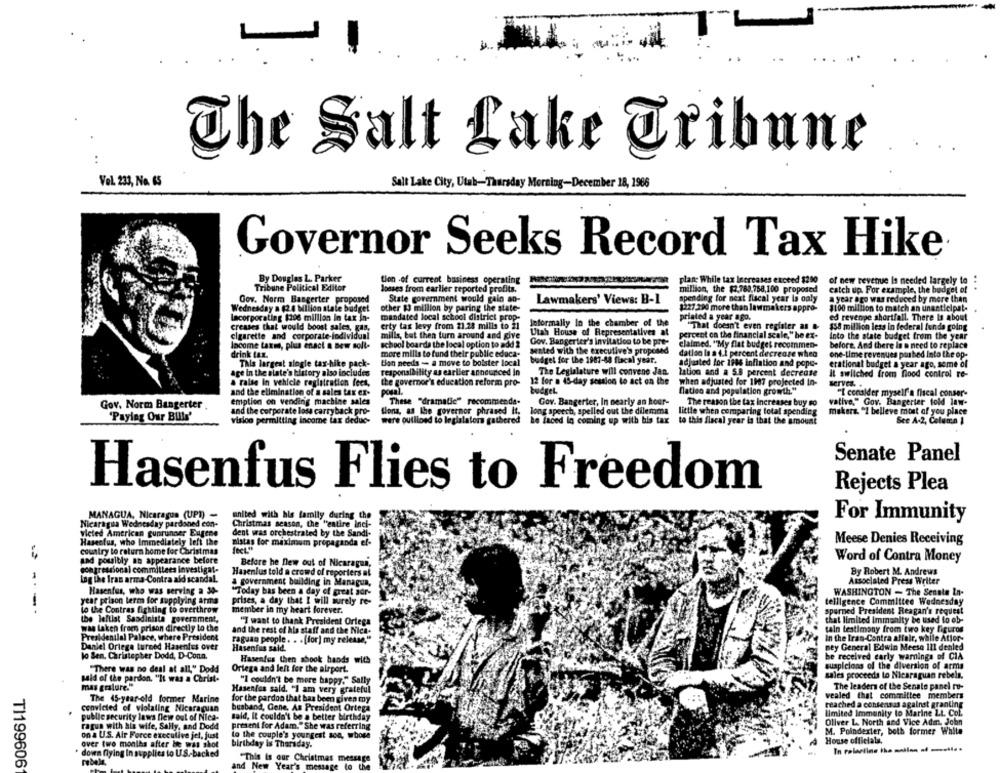
The Salt Lake Cribune
Vol. 233, No. 65
Salt Lake City, Utah-Thursday Morning-December 18, 1966
Governor Seeks Record Tax Hike
By Douglas L. Parker
plan: While tax Increases exceed $250
Tribune Political Editor
tion -of current business operating
of new revenue Is needed largely to
losses from earlier reported profits.
million, the $2,789.758,100 proposed
catch up. For example, the budget of
Gov. Norm Bangerter proposed
State government would gain an-
Lawmakers' Views: B-1
spending for next fiscal year is only
a year ago was reduced by more than
Wednesday a (2.4 Milion state budget
other $3 million by paring the state-
$227.200 more than lawmakers appro-
$100 million to match an unanticipat-
Lacorporating $206 million in tax in-
mandated local school district prop-
priated a year ago.
ed revenge shortfall. There Is about
erty tax levy from 21.28 mills to 21
Informally In the chamber of the
creases that would boost sales, gas,
Utah House of Representatives at
"That doesn't even register an -
$58 million less in federal funda going
cigarette and corporate-individual
mills, but then turn around and give
percent on the financial scale," he ex-
Into the state budget from the year
Income taxme, plus enact a new solt-
school boards the local option to add 2
Gov. Bangerter's Invitation to be pre-
claimed. "My flat budget recommen-
before, And there is a need to replace
drink tax.
more mills to fund their publie educa-
seated with the executive's proposed
dation la a 4.1 percent decrease when
one-time revenues pashed Into the op-
This largest slogle tax-hike pack-
tion needs - a move to bolster local
budget for the 1987-58 flacal year.
adjusted for 1986 inflation and pope-
erational budget a year ago, some of
age in the slate's blitory also includes
responsibility as earlier announced in
The Legislature will convene Jan.
lation and a 5.8 percent decrease
il switched from nood control re-
a raise In vehicle registration fees,
the governor's education reform pro-
12 for a 45-day session to act on the
when adjusted for 1907 projected In-
servez. .
and the ellenination of a sales tax er-
posal.
budget.
"atien and population growth."
"I consider myself'a fiscal conser-
emption on vending machine sales
These "dramatic" recommenda-
Gov. Bangerter, In nearly an hour-
The reason the tax increases buy so
vative," Gov. Bangerter told law-
Gov. Norm Bangerter .
and the corporate loss carryback pro-
Wons, as the governor phrased It,
long speech, spelled out the dilemma
little when comparing total spending
makers. "I believe most of you place
'Paylaş Our Bills'
vision permitting income tax deduc-
were outlined to legislators gathered
Le laced in coming up with his tax
to this flacal year is that the amount
See A-2, Column 1
Senate Panel
Hasenfus Flies to Freedom
Rejects Plea
MANAGUA, Nicaragua (UP)) -
united with his family during the
For Immunity
Nicaragua Wednesday pardoned con-
Christmas season, the "entire inci-
vieted American gunrunner Eugene
dent was orchestrated by the Sandi-
Hasectus, who Immediately left the
country to return home for Christmas
mistas for maximum propaganda el-
Meese Denies Receiving
sad pouibly an appearance before
Before he new out of Nicaragua,
Word of Contra Money
congressional committees investigat-
Hasenlus told a crowd of reporters at
By Robert M. Andrews
Ing the Iran arma-Contra ald scandal.
Associated Press Writer
a government building in Managua,
Hasenfus, who was serving a 30-
"Today bas been a day of great sor-
WASHINGTON - The Senate In-
year prison term for supplying arma
prises, a day that I will surely re-
telligence Committee Wednesday
----
to the Contras fighting to overthrow
member in my heart forever.
spurned President Reagan's request
the leftist Sandinista government,
that limited Immunity be used to ob-
"T want to thank President Ortega
was taken freen prison directly to the
and the rest of hla staff and the Nica-
tain testimony from two key figuros
Presidential Palace, where President
raguan people. . . [for] my release,"
In the Iran-Contra affair, while Attor-
Daniel Ortega turned Hasenfus over
Hasenfus sald.
ney General Edwin Meesa 111 denled
lo Sen. Christopher Dodd, D-Conn.
be received early warnings of CIA
Hasentes then shook hands with
suspicions of the diversion of arma
"There was no deal at all," Dodd
Ortega and left for the airport.
said of the pardon. "It was a Christ-
"I couldn't be more happy." Sally
sales proceeds to Nicaraguan rebels.
mas gesture."
The leaders of the Senate panel ru-
Hasenlas said. "I am very grateful
vealed that committee members
The 45-year-old former Marine
for the pardon that bas been given mny
reached a consensas against granting
convicted of violating Nicaraguan
husband, Gene, As President Ortega
limited Immunity lo Marine Lt. Col.
public security laws flew out of Nica-
said, It couldn't be a better birthday
ragun with his wife, Sally, and Dodd
present for Adam."She was referring
Oliver L. North and Vice Adm. John
on a U.S. Air Force executive jel, just
to the couple's youngest son, whose
M. Poindexter, both former White
over two months after he was shot
House officiala.
birthday is Thursday.
down flying In supplies to U.S .- backed
"This is our Christmas message
T1199606
rebele.
and New Year's message to the